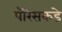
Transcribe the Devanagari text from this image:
पॅरिसकडे